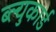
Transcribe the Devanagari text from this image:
ब्ल्युकार्ड